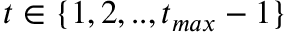
t \in \{ 1 , 2 , . . , t _ { m a x } - 1 \}